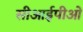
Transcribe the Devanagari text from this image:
सीआईपीओ